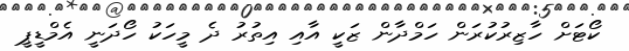
ކޯޓަށް ހާޒިރުކުރަން ހަމްދާން ޒަކީ އާއި އިތުރު ދެ މީހަކު ހޯދަނީ އެމްޑީޕީ